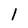
Character: 1